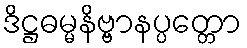
ဒိဋ္ဌဓမ္မနိဗ္ဗာနပ္ပတ္တော